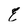
Character: E